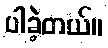
ပါခဲ့တယ်။